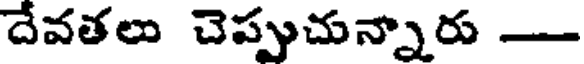
దేవతలు చెప్పుచున్నారు -